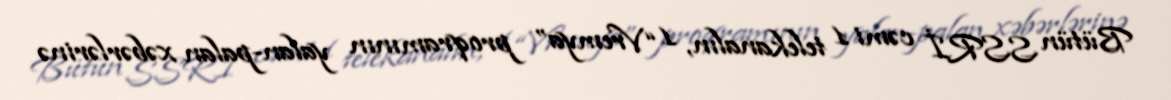
Bütün SSRİ cəmi 1 telekanalın, 1 “Vremya” proqramının yalan-palan xəbərlərinə